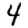
Digit: 4